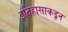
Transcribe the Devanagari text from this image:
इतिहासाकडून